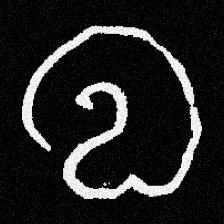
Pyu character \u2014 Myanmar letter: လ (romanized: la)